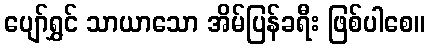
ပျော်ရွှင် သာယာသော အိမ်ပြန်ခရီး ဖြစ်ပါစေ။